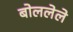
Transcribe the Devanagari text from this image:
बोललेले